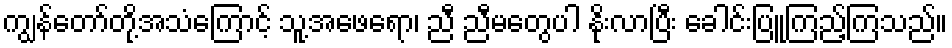
ကျွန်တော်တို့အသံကြောင့် သူ့အဖေရော၊ ညီ ညီမတွေပါ နိုးလာပြီး ခေါင်းပြူကြည့်ကြသည်။